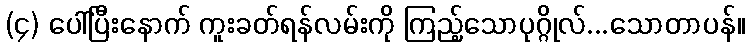
(၄) ပေါ်ပြီးနောက် ကူးခတ်ရန်လမ်းကို ကြည့်သောပုဂ္ဂိုလ်...သောတာပန်။